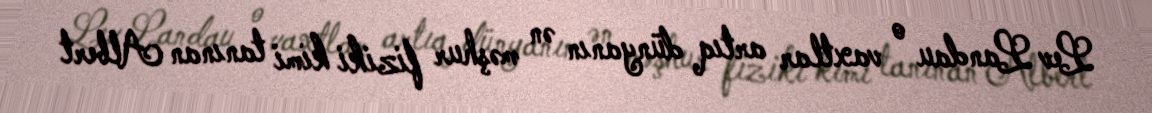
Lev Landau o vaxtlar artıq dünyanın ən məşhur fiziki kimi tanınan Albert